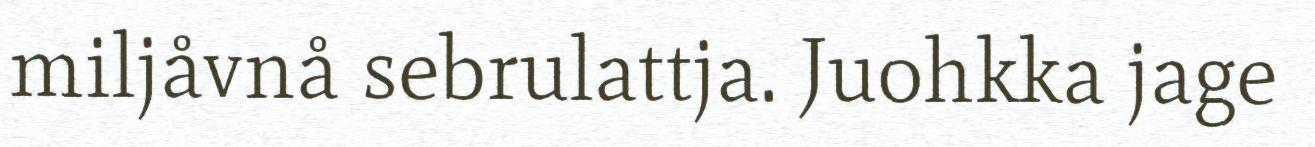
miljåvnå sebrulattja. Juohkka jage